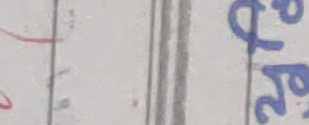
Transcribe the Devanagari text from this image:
रेट
२